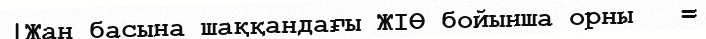
|Жан басына шаққандағы ЖІӨ бойынша орны   =